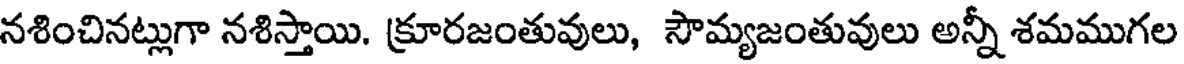
నశించినట్లుగా నశిస్తాయి. క్రూరజంతువులు, సౌమ్యజంతువులు అన్నీ శమముగల